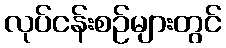
လုပ်ငန်းစဉ်များတွင်